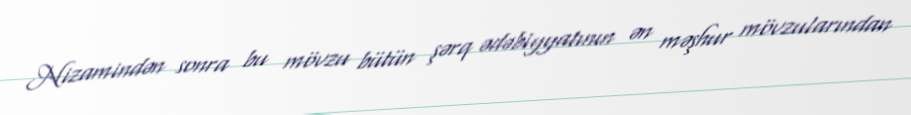
Nizamindən sonra bu mövzu bütün şərq ədəbiyyatının ən məşhur mövzularından